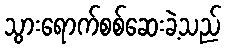
သွားရောက်စစ်ဆေးခဲ့သည်